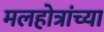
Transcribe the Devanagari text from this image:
मलहोत्रांच्या